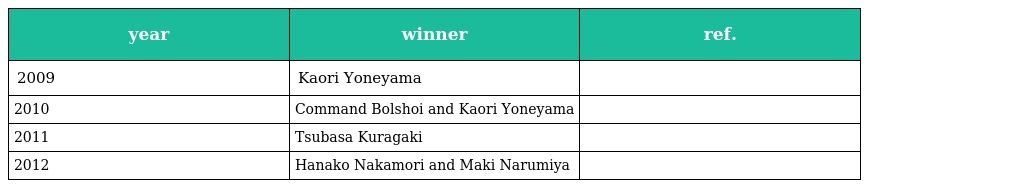
| year | winner | ref. |
 | --- | --- | --- |
 | 2009 | Kaori Yoneyama |  |
 | 2010 | Command Bolshoi and Kaori Yoneyama |  |
 | 2011 | Tsubasa Kuragaki |  |
 | 2012 | Hanako Nakamori and Maki Narumiya |  |